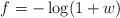
LaTeX: \begin{align*} f = -\log(1+w)\end{align*}